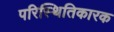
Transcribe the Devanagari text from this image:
परिस्थितिकारक